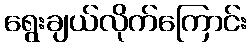
ရွေးချယ်လိုက်ကြောင်း